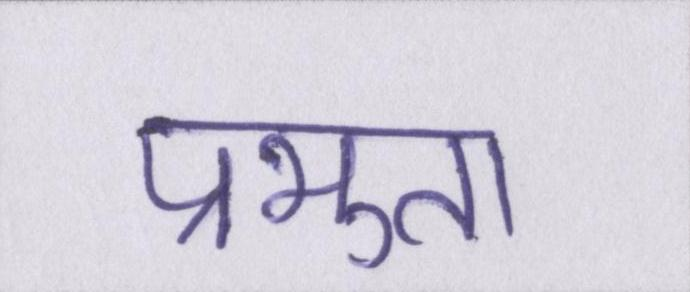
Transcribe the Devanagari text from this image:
प्रभुता